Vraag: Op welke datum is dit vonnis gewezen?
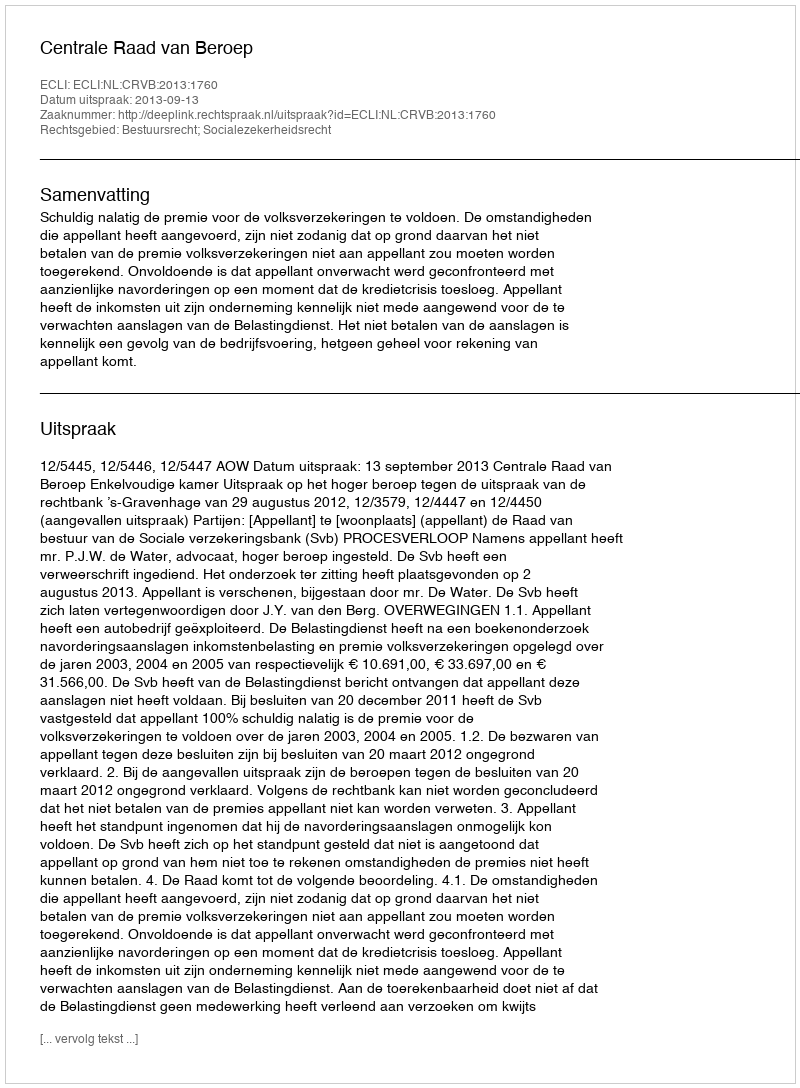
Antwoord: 2013-09-13